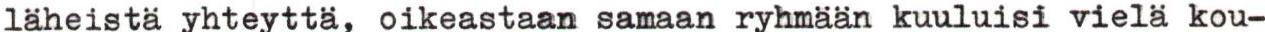
läheistä yhteyttä, oikeastaan samaan ryhmään kuuluisi vielä kou-